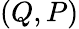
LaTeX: (Q,P)